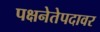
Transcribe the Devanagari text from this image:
पक्षनेतेपदावर